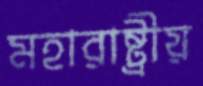
মহারাষ্ট্রীয়